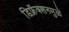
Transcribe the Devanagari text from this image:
डिफ्रॅक्शनमुळे